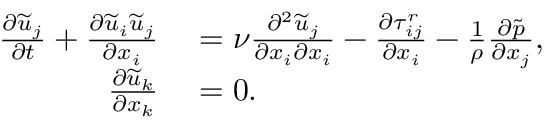
\begin{array} { r l } { \frac { \partial \widetilde { u } _ { j } } { \partial t } + \frac { \partial \widetilde { u } _ { i } \widetilde { u } _ { j } } { \partial x _ { i } } } & { { } = \nu \frac { \partial ^ { 2 } \widetilde { u } _ { j } } { \partial x _ { i } \partial x _ { i } } - \frac { \partial \tau _ { i j } ^ { r } } { \partial x _ { i } } - \frac { 1 } { \rho } \frac { \partial \widetilde { p } } { \partial x _ { j } } , } \\ { \frac { \partial \widetilde { u } _ { k } } { \partial x _ { k } } } & { { } = 0 . } \end{array}